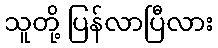
သူတို့ ပြန်လာပြီလား